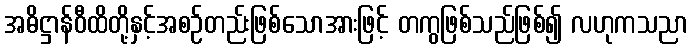
အဓိဋ္ဌာန်ဝီထိတို့နှင့်အစဉ်တည်းဖြစ်သောအားဖြင့် တကွဖြစ်သည်ဖြစ်၍ လဟုကသညာ